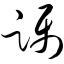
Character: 蹑